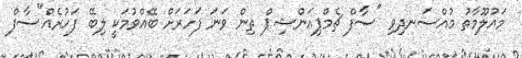
މައުލޫމާތު މުއްސަނދިވި "ސާފް ޗެމްޕިއަންޝިޕް ތިން ވަނަ ފަހަރަށް ބޭއްވުމަކީ ލިބޭ ފަހުރެއް"ސާފް